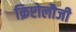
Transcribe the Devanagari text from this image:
क्रिप्टोलौजी